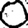
Digit: 0